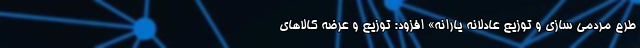
طرح مردمی سازی و توزیع عادلانه یارانه» افزود: توزیع و عرضه کالاهای